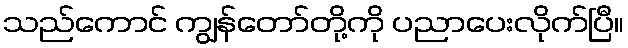
သည်ကောင် ကျွန်တော်တို့ကို ပညာပေးလိုက်ပြီ။